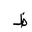
Letter: _za